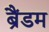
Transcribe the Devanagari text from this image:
ब्रैंडम